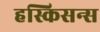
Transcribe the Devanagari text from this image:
हस्किसन्स